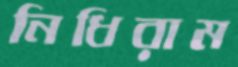
নিধিরাম